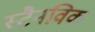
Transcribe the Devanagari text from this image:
स्टैनविक